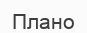
Плано